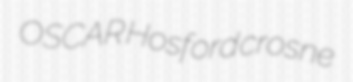
OSCAR Hosford crosne